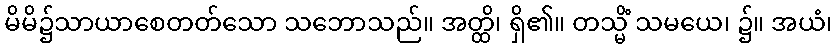
မိမိ၌သာယာစေတတ်သော သဘောသည်။ အတ္ထိ၊ ရှိ၏။ တသ္မိံ သမယေ၊ ၌။ အယံ၊